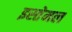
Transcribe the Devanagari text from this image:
इस्तेमल